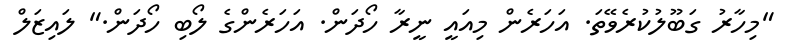
"މިހާރު ގަބޫލުކުރެވޭތަ. އަހަރެން މިއައީ ނީރާ ހޯދަން. އަހަރެންގެ ލޯބި ހޯދަން." ލައިޒަލް